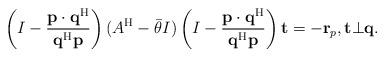
\begin{align*}\left(I-\frac{{\bf p}\cdot{\bf q}^{\rm H}}{{\bf q}^{\rm H}{\bf p}}\right)(A^{\rm H}-\bar{\theta} I)\left(I-\frac{{\bf p}\cdot{\bf q}^{\rm H}}{{\bf q}^{\rm H}{\bf p}}\right){\bf t}=-{\bf r}_p,{\bf t}\bot{\bf q}.\end{align*}